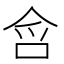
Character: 𭇥